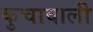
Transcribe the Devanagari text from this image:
कुचावाली